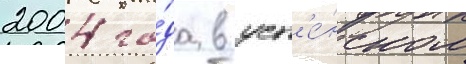
2004 го́да в усп'е́нском